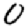
Digit: 0